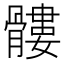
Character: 髏